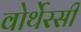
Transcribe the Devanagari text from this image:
वोर्थेरसी